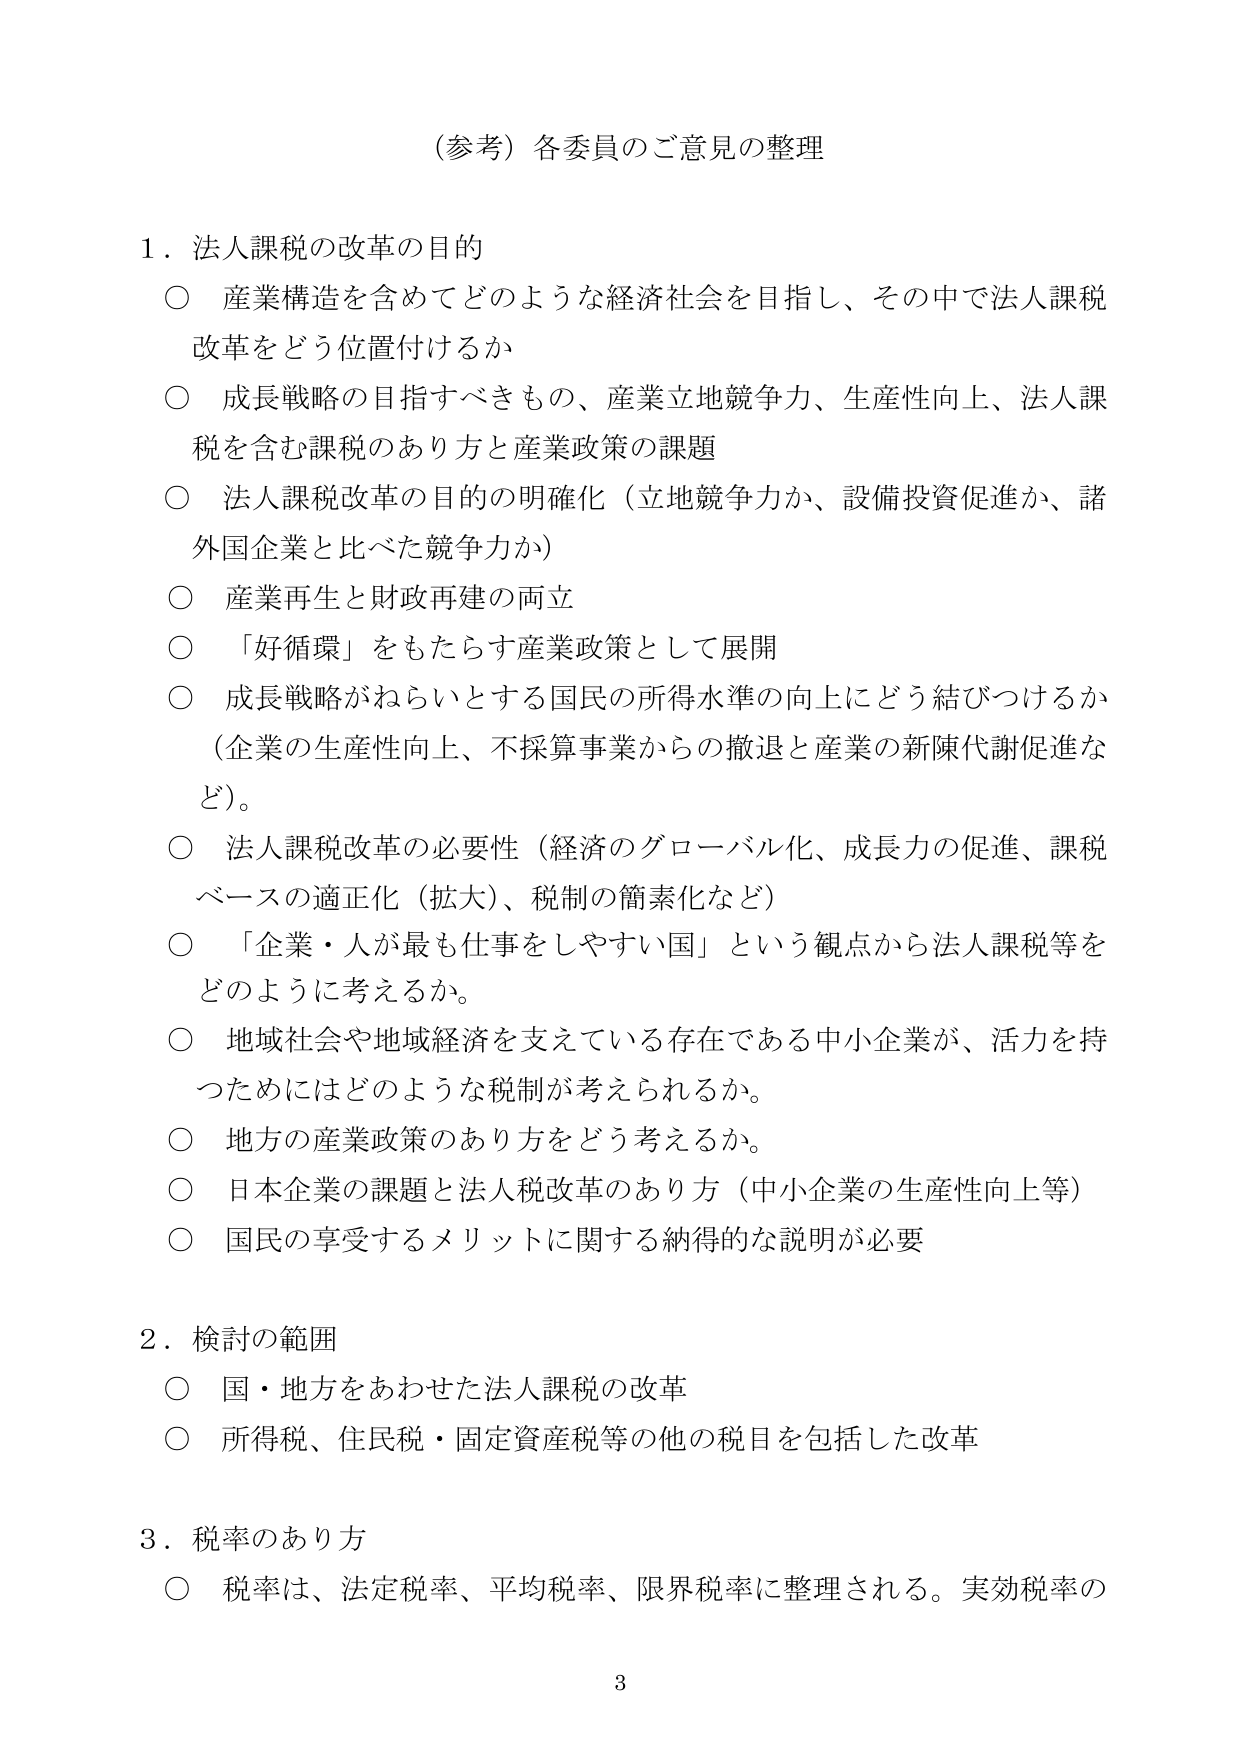
（参考）各委員のご意見の整理

１．法人課税の改革の目的
○ 産業構造を含めてどのような経済社会を目指し、その中で法人課税改革をどう位置付けるか
○ 成長戦略の目指すべきもの、産業立地競争力、生産性向上、法人課税を含む課税のあり方と産業政策の課題
○ 法人課税改革の目的の明確化（立地競争力か、設備投資促進か、諸外国企業と比べた競争力か）
○ 産業再生と財政再建の両立
○ 「好循環」をもたらす産業政策として展開
○ 成長戦略がねらいとする国民の所得水準の向上にどう結びつけるか（企業の生産性向上、不採算事業からの撤退と産業の新陳代謝促進など）。
○ 法人課税改革の必要性（経済のグローバル化、成長力の促進、課税ベースの適正化（拡大）、税制の簡素化など）
○ 「企業・人が最も仕事をしやすい国」という観点から法人課税等をどのように考えるか。
○ 地域社会や地域経済を支えている存在である中小企業が、活力を持つためにはどのような税制が考えられるか。
○ 地方の産業政策のあり方をどう考えるか。
○ 日本企業の課題と法人税改革のあり方（中小企業の生産性向上等）
○ 国民の享受するメリットに関する納得的な説明が必要

２．検討の範囲
○ 国・地方をあわせた法人課税の改革
○ 所得税、住民税・固定資産税等の他の税目を包括した改革

３．税率のあり方
○ 税率は、法定税率、平均税率、限界税率に整理される。実効税率の

3